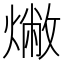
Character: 𤏰